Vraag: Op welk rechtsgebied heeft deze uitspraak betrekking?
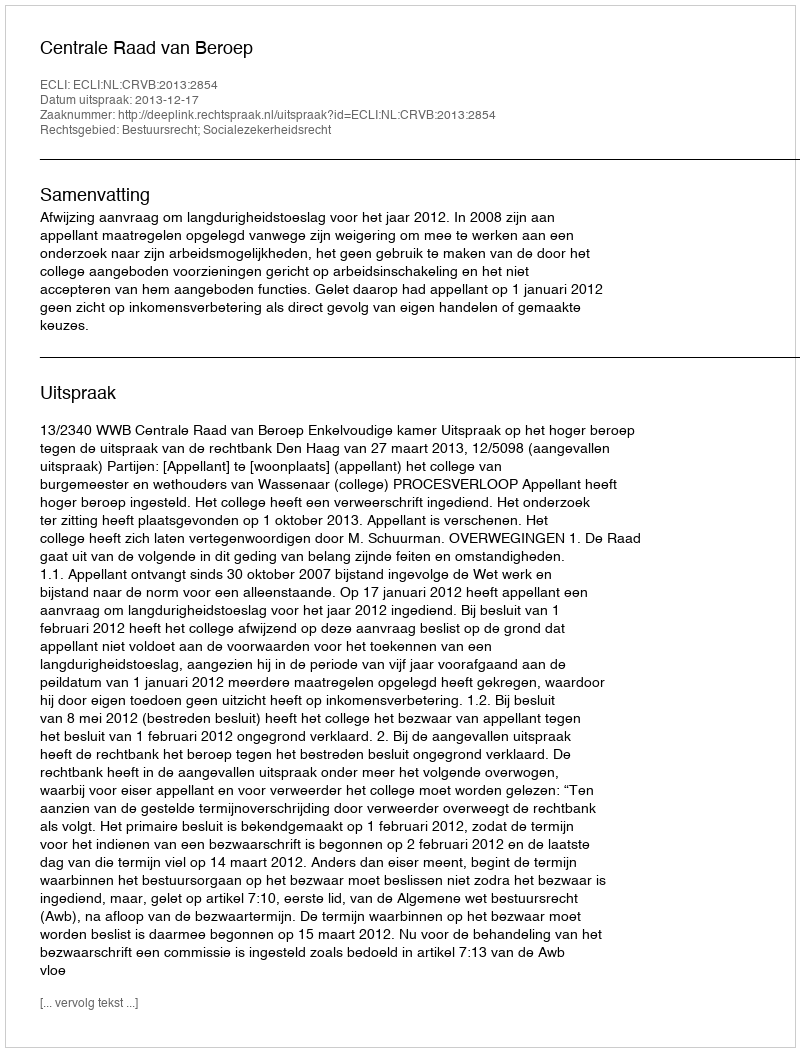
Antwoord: Bestuursrecht; Socialezekerheidsrecht